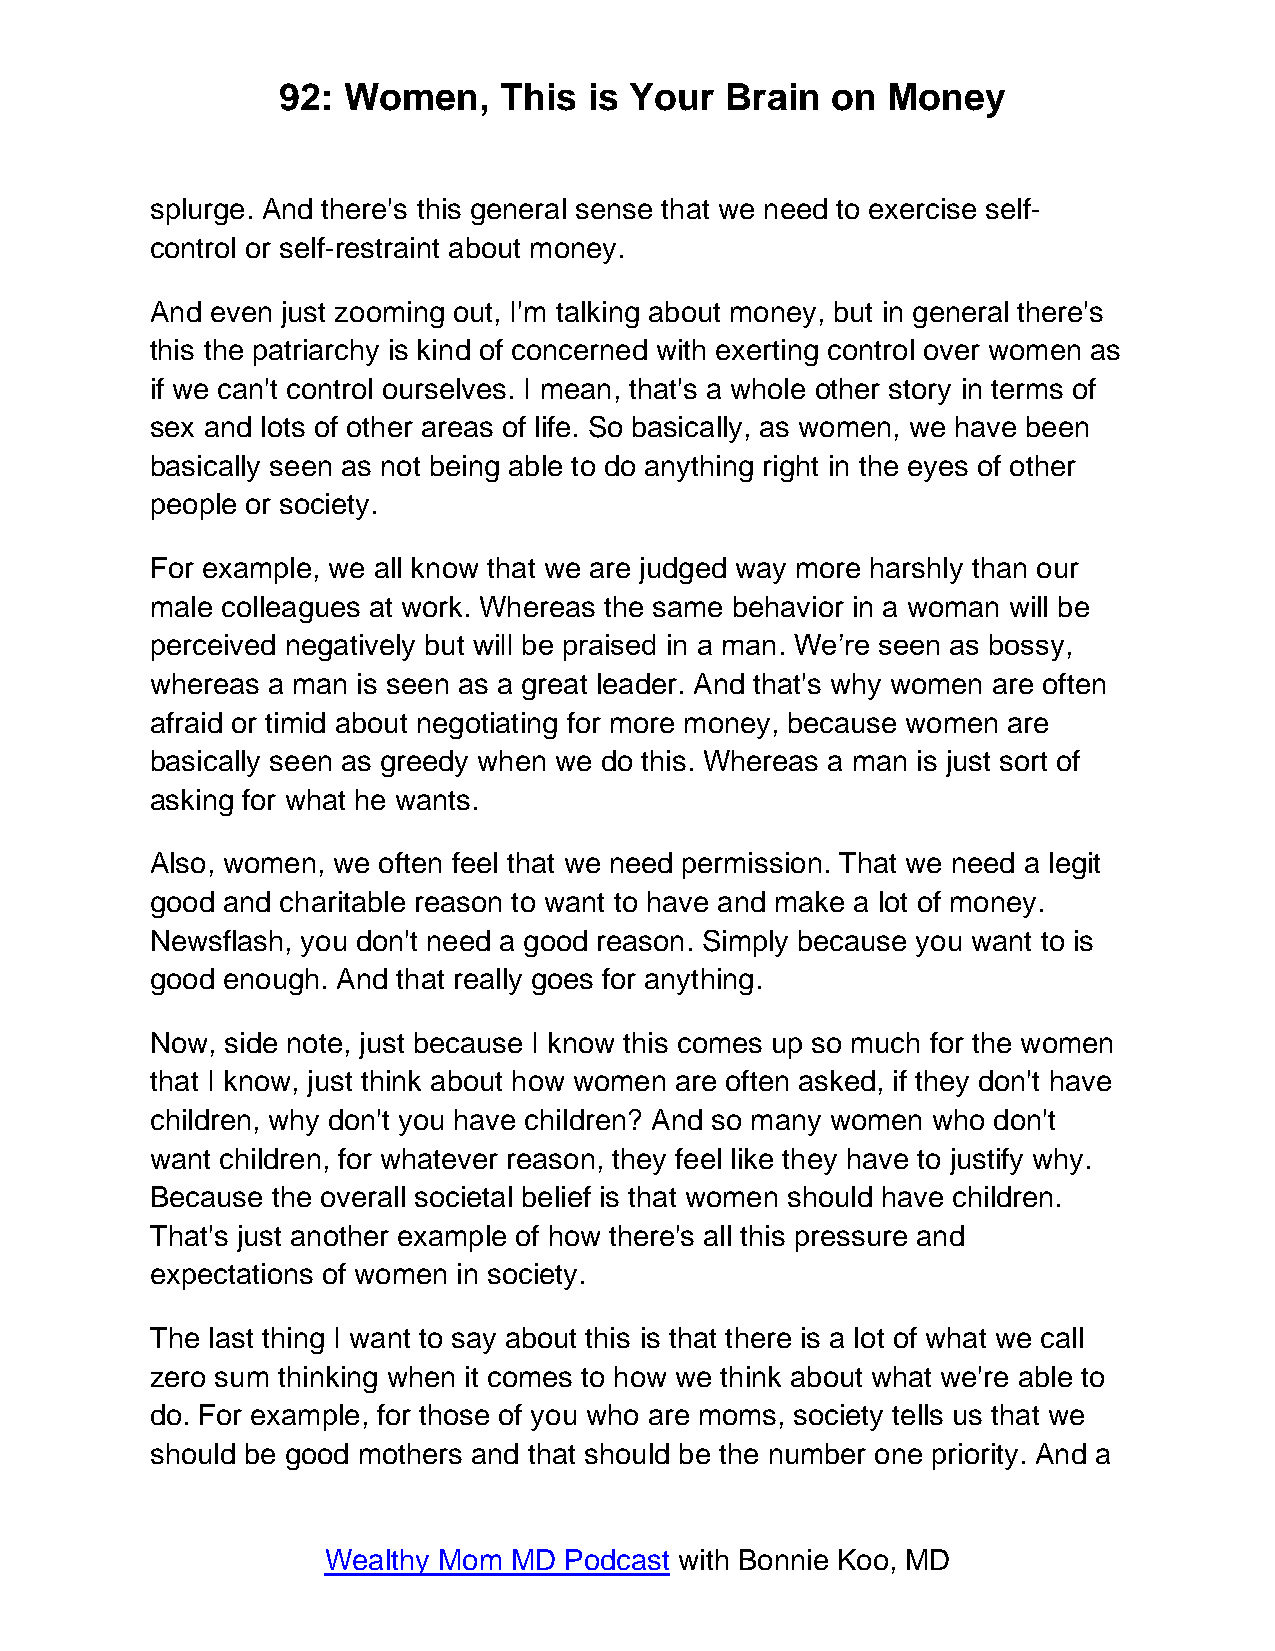
92:  Women,    This  is Your  Brain  on  Money
 splurge. And there's this general sense that we need to exercise self-
 control or self-restraint about money.
 And even just zooming out, I'm talking about money, but in general there's
 this the patriarchy is kind of concerned with exerting control over women as
 if we can't control ourselves. I mean, that's a whole other story in terms of
 sex and lots of other areas of life. So basically, as women, we have been
 basically seen as not being able to do anything right in the eyes of other
 people or society.
 For example, we all know that we are judged way more harshly than our
 male colleagues at work. Whereas the same behavior in a woman will be
 perceived negatively but will be praised in a man. We’re seen as bossy,
 whereas a man is seen as a great leader. And that's why women are often
 afraid or timid about negotiating for more money, because women are
 basically seen as greedy when we do this. Whereas a man is just sort of
 asking for what he wants.
 Also, women, we often feel that we need permission. That we need a legit
 good and charitable reason to want to have and make a lot of money.
 Newsflash, you don't need a good reason. Simply because you want to is
 good enough. And that really goes for anything.
 Now, side note, just because I know this comes up so much for the women
 that I know, just think about how women are often asked, if they don't have
 children, why don't you have children? And so many women who don't
 want children, for whatever reason, they feel like they have to justify why.
 Because the overall societal belief is that women should have children.
 That's just another example of how there's all this pressure and
 expectations of women in society.
 The last thing I want to say about this is that there is a lot of what we call
 zero sum thinking when it comes to how we think about what we're able to
 do. For example, for those of you who are moms, society tells us that we
 should be good mothers and that should be the number one priority. And a
 Wealthy Mom  MD Podcast with Bonnie Koo, MD